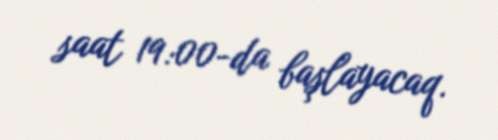
saat 19:00-da başlayacaq.